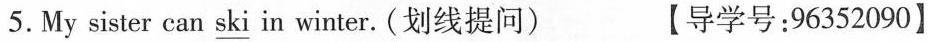
5.My sister can \underline{ski} in winter.(划线提问) 【导学号;96352090】